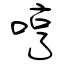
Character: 哼